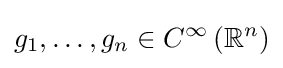
g_{1},\ldots ,g_{n}\in C^{\infty }\left(\mathbb {R} ^{n}\right)